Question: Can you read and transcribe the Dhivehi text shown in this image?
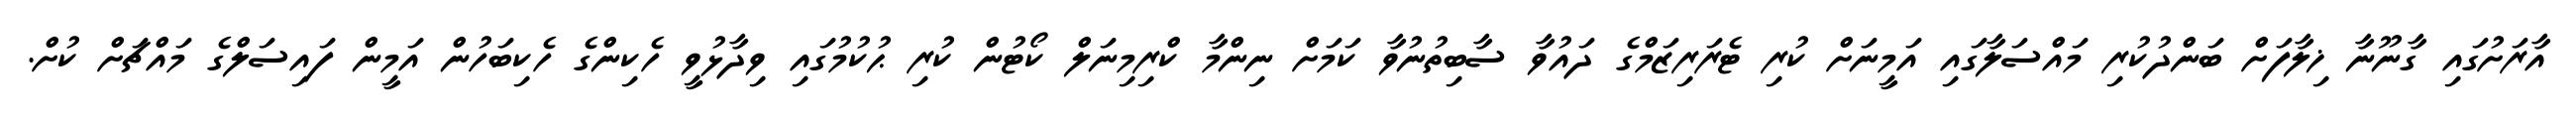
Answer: އާރަށުގައި ގާނޫނާ ޚިލާފަށް ބަންދުކުރި މައްސަލާގައި އަމީނަށް ކުރި ޓެރަރިޒަމްގެ ދައުވާ ސާބިތުނުވާ ކަމަށް ނިންމާ ކްރިމިނަލް ކޯޓުން ކުރި ޙުކުމުގައި ވިދާޅުވީ ހެކިންގެ ހެކިބަހުން އަމީން ފައިސަލްގެ މައްޗަށް ކުށް.